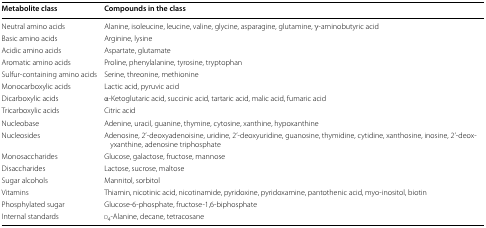
| Metabolite class | Compounds in the class |
 | --- | --- |
 | Neutral amino acids | Alanine, isoleucine, leucine, valine, glycine, asparagine, glutamine, γ-aminobutyric acid |
 | Basic amino acids | Arginine, lysine |
 | Acidic amino acids | Aspartate, glutamate |
 | Aromatic amino acids | Proline, phenylalanine, tyrosine, tryptophan |
 | Sulfur-containing amino acids | Serine, threonine, methionine |
 | Monocarboxylic acids | Lactic acid, pyruvic acid |
 | Dicarboxylic acids | α-Ketoglutaric acid, succinic acid, tartaric acid, malic acid, fumaric acid |
 | Tricarboxylic acids | Citric acid |
 | Nucleobase | Adenine, uracil, guanine, thymine, cytosine, xanthine, hypoxanthine |
 | Nucleosides | Adenosine, 2’-deoxyadenoisine, uridine, 2’-deoxyuridine, guanosine, thymidine, cytidine, xanthosine, inosine, 2’-deoxyxanthine, adenosine triphosphate |
 | Monosaccharides | Glucose, galactose, fructose, mannose |
 | Disaccharides | Lactose, sucrose, maltose |
 | Sugar alcohols | Mannitol, sorbitol |
 | Vitamins | Thiamin, nicotinic acid, nicotinamide, pyridoxine, pyridoxamine, pantothenic acid, myo-inositol, biotin |
 | Phosphylated sugar | Glucose-6-phosphate, fructose-1,6-biphosphate |
 | Internal standards | d4-Alanine, decane, tetracosane |